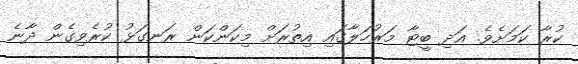
ކުރާ ކަމަށެވެ. އަދި ބީޓާ މަރުހަލާގައި އިތުރަށް މިކަންކަން ރަނގަޅު ކުރެވިގެން ދާނެ